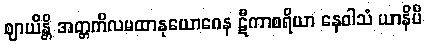
ဈာယိန္တိ အတ္တကိလမထာနုယောဂေန ဋီကာစရိယာ နေဝါသံ ယာနိပိ